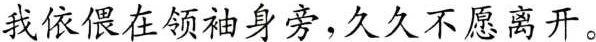
我依偎在领袖身旁，久久不愿离开。